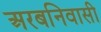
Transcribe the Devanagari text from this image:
अरबनिवासी